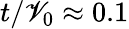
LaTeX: t/\mathscr{V}_{0}\approx0.1